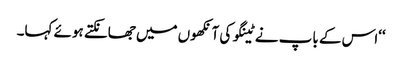
‘‘اس کے باپ نے ٹینگو کی آنکھوں میں جھانکتے ہوئے کہا۔